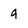
Character: q